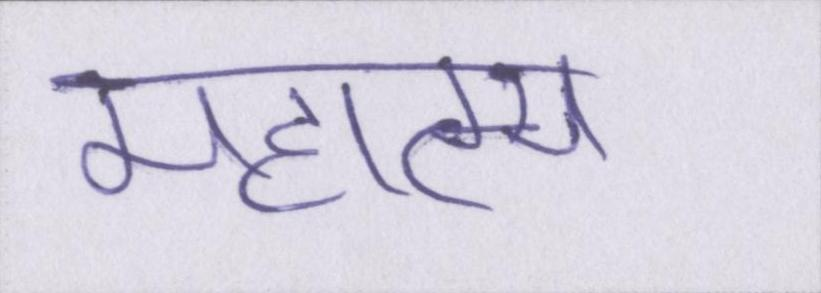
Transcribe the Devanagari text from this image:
महात्म्य